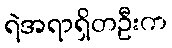
ရဲအရာရှိတဦးက